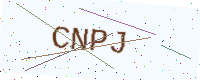
Text: CNPJ